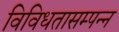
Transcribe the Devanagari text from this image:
विविधतासम्पन्न